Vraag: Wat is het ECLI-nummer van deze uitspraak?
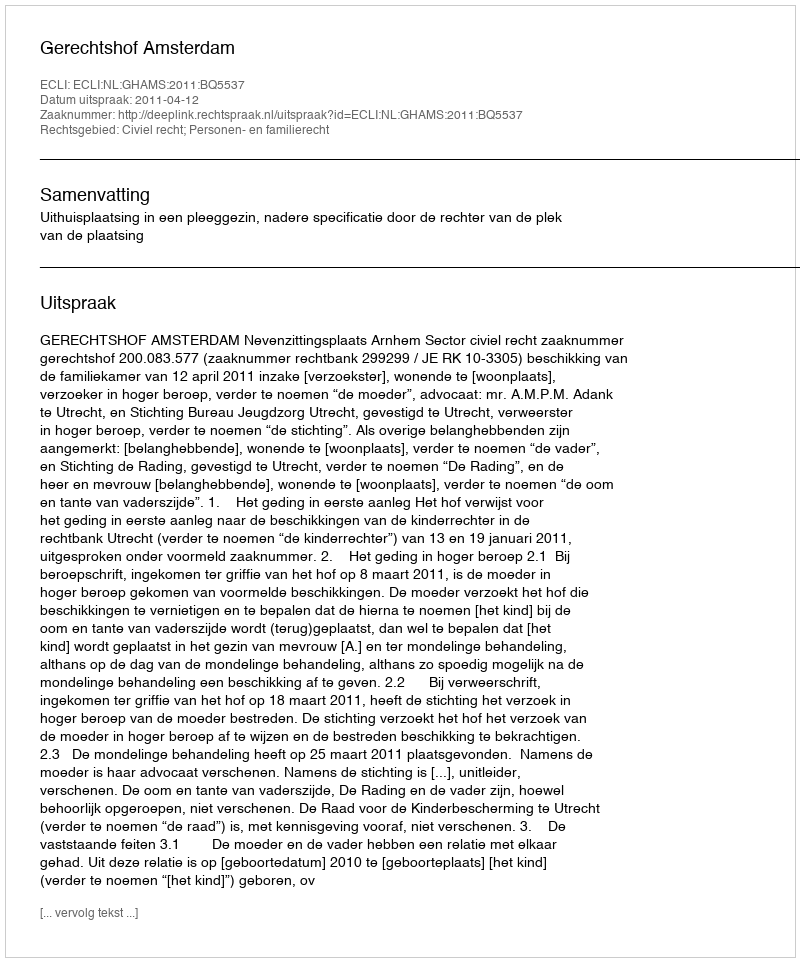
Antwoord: ECLI:NL:GHAMS:2011:BQ5537